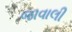
જાવાલી